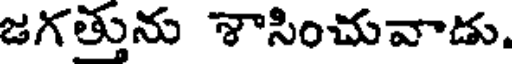
జగత్తును శాసించువాడు.